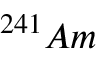
^ { 2 4 1 } A m